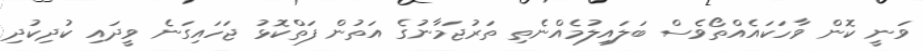
ވަނީ ކޮން ވާހަކައެއްތޯވެސް ބަލައިލުމެއްނެތި ތަރުޖަމާނުގެ އަތުން ފަތްކޮޅު ޖަހައިގަނެ ވީދައި ކުދިކުދި